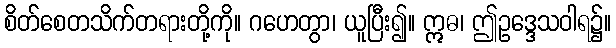
စိတ်စေတသိက်တရားတို့ကို။ ဂဟေတွာ၊ ယူပြီး၍။ ဣဓ၊ ဤဥဒ္ဒေသဝါရ၌။